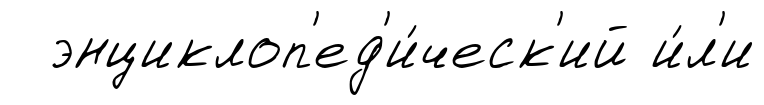
энциклоп'ед'и́ческ'ий и́л'и